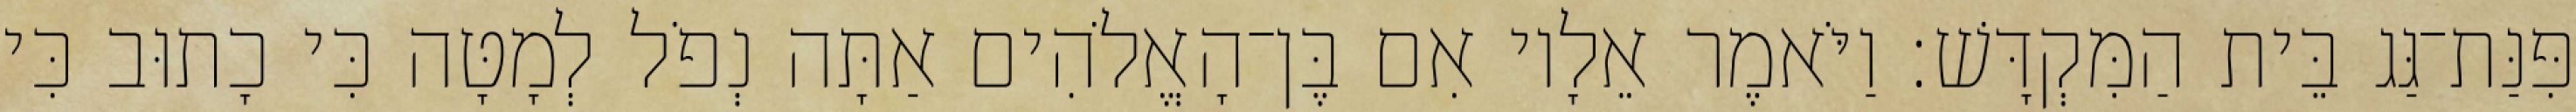
פִּנַּת־גַּג בֵּית הַמִּקְדָּשׁ׃ וַיֹּאמֶר אֵלָיו אִם בֶּן־הָאֱלֹהִים אַתָּה נְפֹל לְמָטָּה כִּי כָתוּב כִּי